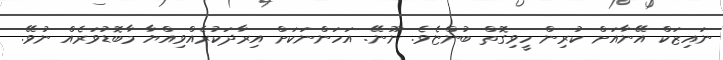
ނައިޒަކް އޭނާއަށް ކުރިން ހީވިގޮތް ބުންޏެވެ. ނޫނޭ. އަހަންނަކަށް އިރާދަކުރެއްވިއްޔާ މާބޮޑުވަރެއް ނުވޭ.